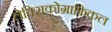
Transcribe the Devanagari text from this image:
लेक्सिकोग्राफिकल